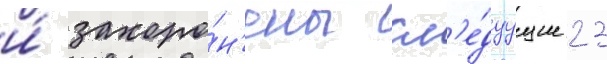
и́ захоро́н'ены сл'е́дуущие 23